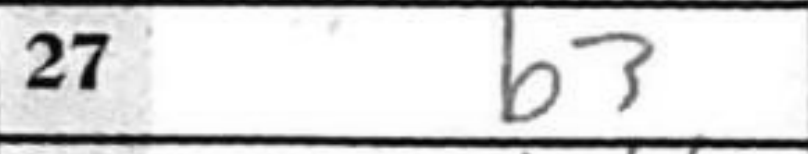
Transcription: b3